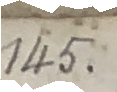
16